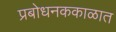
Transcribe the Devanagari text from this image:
प्रबोधनककाळात